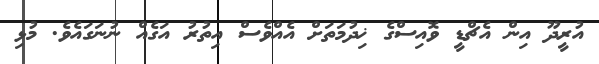
އުރީދޫ އިން އެޗްޑީ ވޮއިސްގެ ޚިދުމަތަށް އެއްވެސް އިތުރު އަގެއް ނުނަގައެވެ. މުޅި